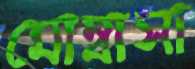
মোম্বাসা